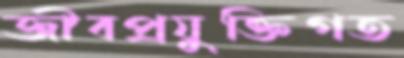
জীবপ্রযুক্তিগত